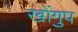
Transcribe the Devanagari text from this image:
खोंगुप